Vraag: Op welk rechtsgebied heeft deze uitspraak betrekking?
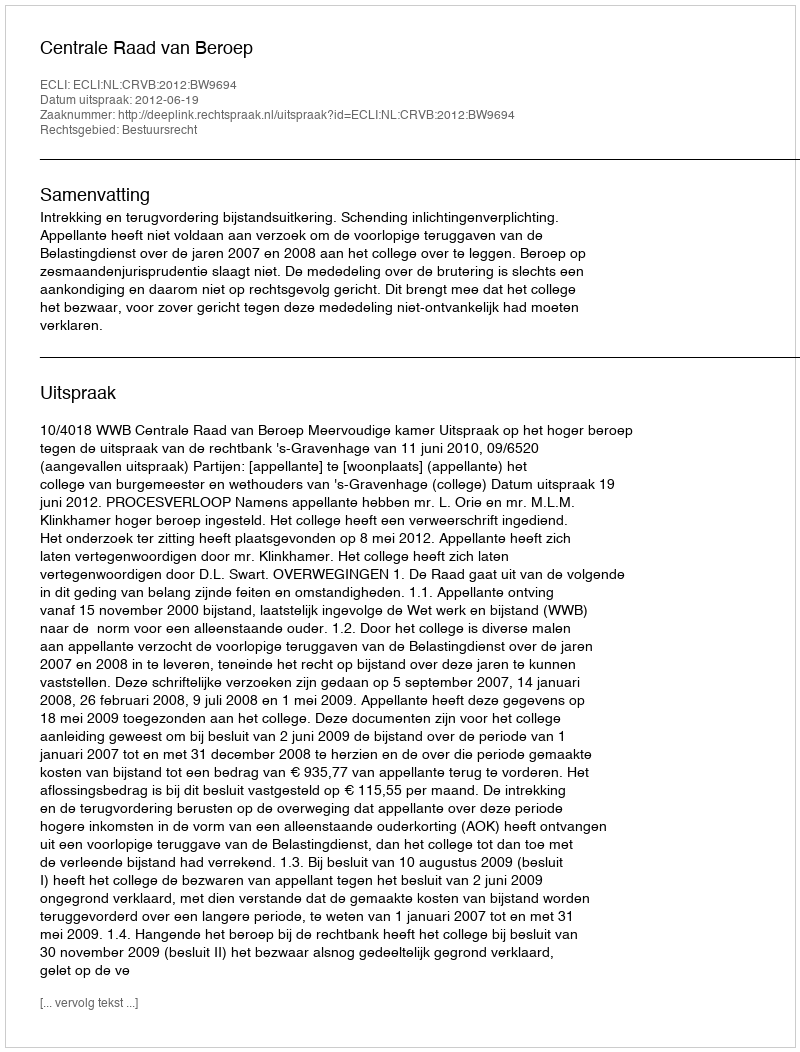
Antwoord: Bestuursrecht